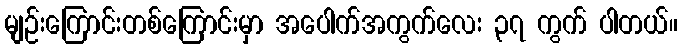
မျဉ်းကြောင်းတစ်ကြောင်းမှာ အပေါက်အကွက်လေး ၃၇ ကွက် ပါတယ်။